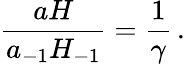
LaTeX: \frac{aH}{a_{-1}H_{-1}}=\frac{1}{\gamma}\, .